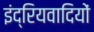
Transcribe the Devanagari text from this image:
इंद्रियवादियों